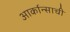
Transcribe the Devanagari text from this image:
आर्कान्साची